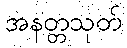
အနတ္တသုတ်